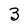
Character: 3